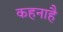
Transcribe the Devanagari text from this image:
कहनाहै